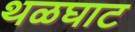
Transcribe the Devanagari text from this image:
थळघाट